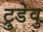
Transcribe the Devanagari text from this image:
ट्रुडेवु